Vaccination in Bombay 1874-1876 - 1874-1876
Year: 1874
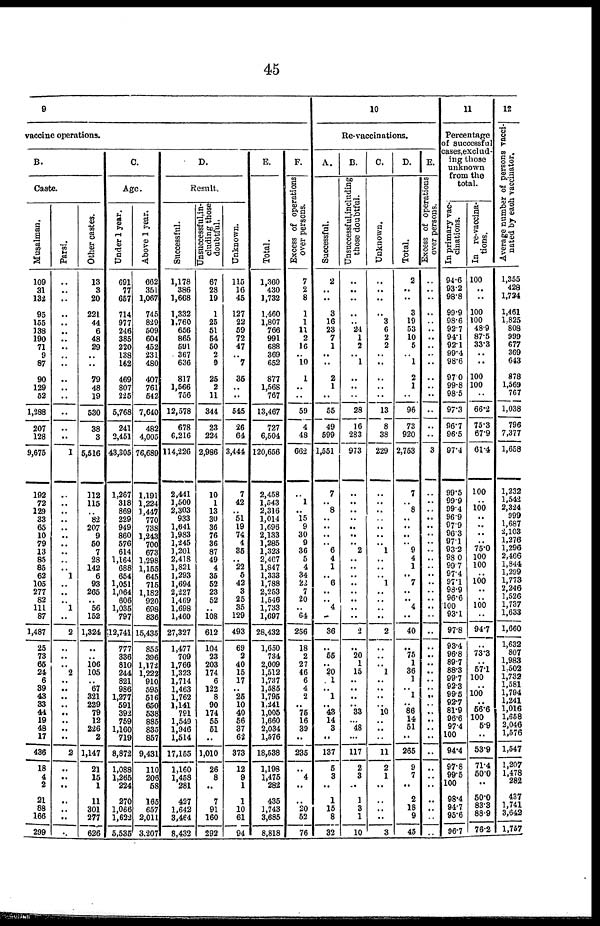
45
9
vaccine operations.
B.
Caste.
Musalman.
109
31
132
95
155
138
190
71
9
87
90
129
52
1,288
207
128
9,675
192
72
129
33
65
10
79
13
85
85
62
105
277
82
111
87
1,487
25
73
65
24
6
39
43
33
44
19
48
17
436
18
4
2
21
88
166
299
Parsi.
..
..
..
..
..
..
..
..
..
..
..
..
..
..
..
..
1
..
..
..
..
.. ..
..
..
..
.. 1
..
..
.. 1
..
2
..
..
.. 2
.. ..
..
..
..
.. ..
..
2
..
..
..
..
..
..
..
Other castes.
13
3
20
221
44
6
48
29
..
..
79
48
19
530
38
3
5,516
112
115
.. 82
207
9
50
7
28
142
6
93
265
.. 56
152
1,324
..
.. 106
105
.. 67
321
229
79
12
226
2
1,147
21
15
1
11
301
277
626
C.
Age.
Under 1 year.
691
77
657
714
977
246
385
220
138
162
469
807
225
5,768
241
2,451
43,305
1,267
318
869
229
949
860
576
614
1,164
688
654
1,051
1,064
606
1,035
797
12,741
777
336
810
244
821
986
1,277
591
392
759
1,160
719
8,872
1,088
1,265
224
270
1,066
1,622
5,535
Above 1 year.
662
351
1,067
745
829
509
604
452
231
480
407
761
542
7,640
482
4,005
76,689
1,191
1,224
1,447
770
738
1,243
700
673
1,298
1,155
645
715
1,182
920
698
836
15,435
855
396
1,172
1,222
910
595
516
650
538
885
835
857
9,431
110
206
58
165
657
2,011
3,207
D.
Result.
Successful.
1,178
386
1,668
1,332
1,760
656
865
591
367
636
817
1,566
756
12,578
678
6,216
114,226
2,441
1,500
2,303
933
1,641
1,983
1,245
1,201
2,418
1,821
1,293
1,694
2,227
1,469
1,698
1,460
27,327
1,477
709
1,766
1,323
1,714
1,463
1,762
1,141
791
1,549
1,946
1,514
17,155
1,160
1,458
281
427
1,642
3,464
8,432
Unsuccessful,in-
cluding those
doubtful.
67
28
19
1
25
51
54
50
2
9
25
2
11
344
23
224
2,986
10
1
13
30
36
76
36
87
49
4
35
52
23
52
.. 108
612
104
23
203
174
6
122
8
90
174
55
51
..
1,010
26
8
..
7
91
160
292
Unknown.
115
16
45
127
22
59
72
47
.. 7
35
..
..
545
26
64
3,444
7
42
.. 51
19
74
4
35
.. 22
5
42
3
25
35
129
493
69
2
40
15
17
.. 25
10
40
56
37
62
373
12
9
1
1
10
61
94
E.
Total.
1,360
430
1,732
1,460
1,807
766
991
688
369
652
877
1,568
767
13,467
727
6,504
120,656
2,458
1,543
2,316
1,014
1,696
2,133
1,285
1,323
2,467
1,847
1,333
1,788
2,253
1,546
1,733
1,697
28,432
1,650
734
2,009
1,512
1,737
1,585
1,795
1,241
1,005
1,660
2,034
1,576
18,538
1,198
1,475
282
435
1,743
3,685
8,818
F.
Excess of operations
over persons.
7
2
8
1
1
11
2
16
.. 10
1
..
..
59
4
48
662
..
1
.. 15
9
30
9
36
5
4
34
22
7
20
.. 64
256
18
2
27
46
6
4
2
.. 75
16
39
..
235
..
4
..
..
20
52
76
10
Re-vaccinations.
A.
Successful.
2
..
..
3
16
23
7
1
..
..
2
1
..
55
49
599
1,551
7
.. 8
.. ..
..
.. 6
4
1
.. 6
..
.. 4
..
36
..
55
.. 20
1
.. 1
.. 43
14
3
..
137
5
3
..
1
15
8
32
B.
Unsuccessful,including
those doubtful.
..
..
..
..
.. 24
1
2
.. 1
..
..
..
28
16
283
973
..
..
..
.. ..
..
.. 2
..
..
..
..
..
..
..
..
2
..
20
1
15
..
..
..
.. 33
.. 48
..
117
2
3
..
1
3
1
10
C.
Unknown.
..
..
..
..
3
6
2
2
.. ..
..
..
..
13
8
38
229
..
..
..
..
..
..
.. 1
..
..
.. 1
..
..
..
..
2
..
..
.. 1
..
..
..
.. 10
.. ..
..
11
2
1
..
..
..
..
3
D.
Total.
2
..
..
3
19
53
10
5
.. 1
2
1
..
96
73
920
2,753
7
.. 8
..
..
..
.. 9
4
1
.. 7
..
.. 4
..
40
..
75
1
36
1
.. 1
..
.. 14
51
..
265
9
7
..
2
18
9
45
E.
Excess of operations
over persons.
..
..
..
..
..
..
..
..
..
..
..
..
..
..
..
..
3
..
..
..
..
..
..
..
..
..
..
..
..
..
.. ..
..
..
..
..
..
..
..
.. ..
..
.. ..
..
..
..
..
..
..
..
..
..
..
11
Percentage
of successful
cases,exclud-
ing those
unknown
from the
total.
In primary vac-
cinations.
94.6
93.2
98.8
99.9
98.6
92.7
94.1
92.1
99.4
98.6
97.0
99.8
98.5
97.3
96.7
96.5
97.4
99.5
99.9
99.4
96.9
97.9
96.3
97.1
93.1
98.0
99.7
97.4
97.1
98.9
96.6
100
93.1
97.8
93.4
96.8
89.7
88.3
99.7
92.3
99.5
92.7
81.9 96.6
97.4
100
94.4
97.8
99.5
100
98.4
94.7
95.6
96.7
In re-vaccina-
tions.
100
..
..
100
100
48.9
87.5
33.3
.. ..
100
100
..
66.2
75.3
67.9
64.4
100
..
100
..
..
..
.. 75.0
100
100
..
100
..
..
100
..
94.7
..
73.3
..
57.1
100
..
100
..
56.6 100 5.9
..
53.9
71.4
50.0
..
50.0
83.3
88.9
76.2
12
Average number of persons vacci-
nated by each vaccinator.
1,355
428 1,724
1,461
1,825
808
999
677
369
643
878
1,569
767
1,038
796
7,377
1,658
1,232
1,542
2,324
999
1,687
2,103
1,276
1,296
2,466
1,844
1,299
1,773
2,246
1,526
1,737
1,633
1,660
1,632
807
1,983
1,502
1,732
1,581
1,794
1,241
1,016
1,658
2,046
1,576
1,547
1,207
1,478
282
437
1,741
3,642
1,757